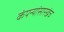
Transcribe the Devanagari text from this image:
कंपन्यांसारखंच